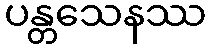
ပန္တသေနဿ